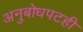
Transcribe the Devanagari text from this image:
अनुबोधपटही